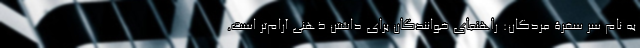
به نام سر سفرۀ مردگان: راهنمای خوانندگان برای داشتن ذهنی آرام‌تر است.